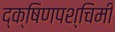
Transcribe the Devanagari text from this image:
द्क्षिणपश्चिमी